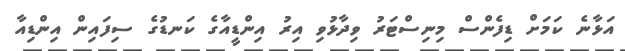
އަޅާނެ ކަމަށް ޑިފެންސް މިނިސްޓަރު ވިދާޅުވި އިރު އިންޑީއާގެ ކަނޑުގެ ސިފައިން އިންޑިއާ